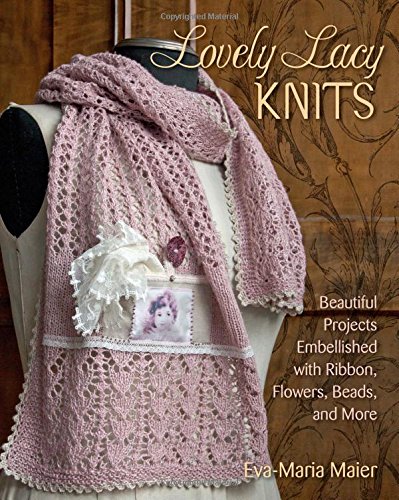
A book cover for Lovely Lacy Knits: Beautiful Projects Embellished with Ribbon, Flowers, Beads, and More; Eva-Maria Maier; Crafts, Hobbies & Home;